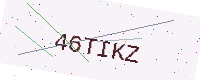
Text: 46TIKZ